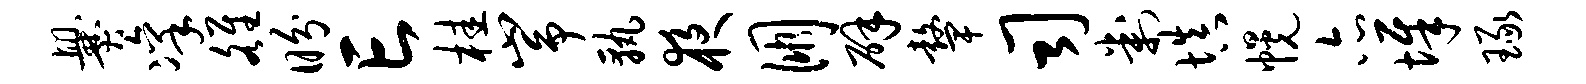
爨凛雒盼亡桂峥孰夜朋辟鼙司判填幌亦墀琢